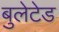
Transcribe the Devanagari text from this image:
बुलेटेड